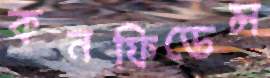
কনফিডেন্স